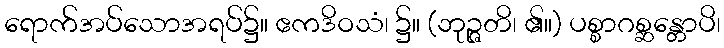
ရောက်အပ်သောအရပ်၌။ ဧကဒိဝသံ၊ ၌။ (ဘုဉ္ဇတိ၊ ၏။) ပစ္စာဂစ္ဆန္တောပိ၊